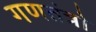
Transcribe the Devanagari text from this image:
गणतंत्रो